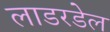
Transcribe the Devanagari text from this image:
लाडरडेल